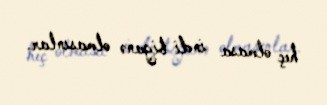
heç olmasa indi biganə olmasınlar.